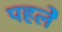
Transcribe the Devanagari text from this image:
पहलेे